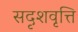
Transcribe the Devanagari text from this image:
सदृशवृत्ति